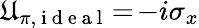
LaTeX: \mathfrak{U}_{\pi,\mathrm{{~i~d~e~a~l~}}}\! =\! -i\sigma_{x}